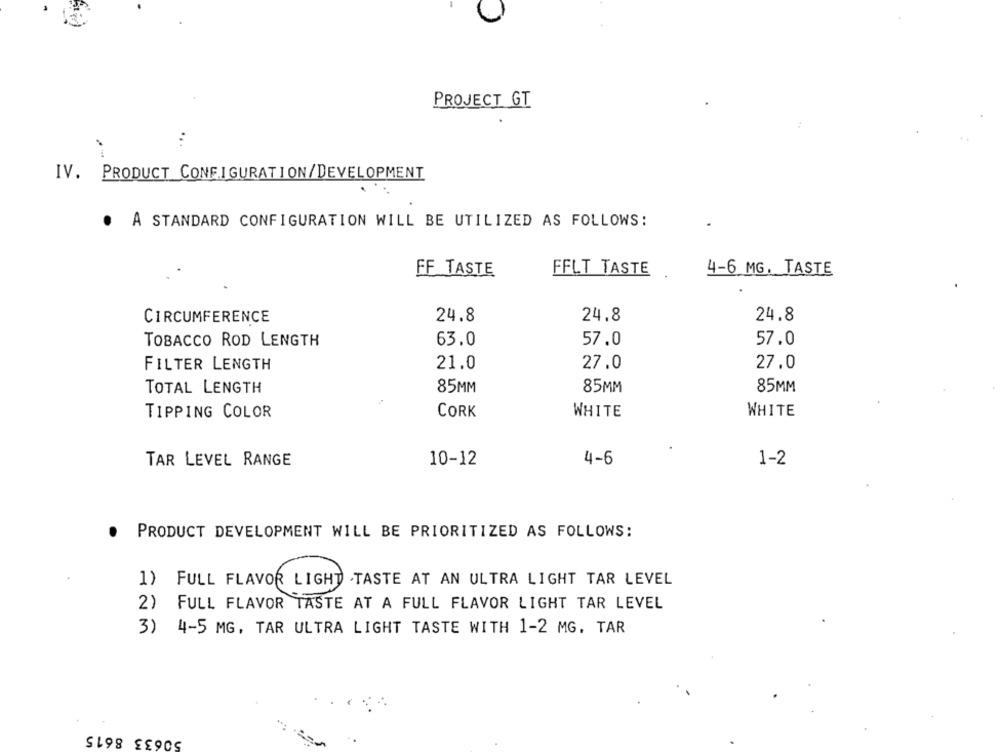
PROJECT GT
...
IV. PRODUCT CONFIGURATION/DEVELOPMENT
. A STANDARD CONFIGURATION WILL BE UTILIZED AS FOLLOWS:
FFLT TASTE
FF TASTE
4-6 MG. TASTE
24.8
24.8
CIRCUMFERENCE
24.8
TOBACCO ROD LENGTH
63.0
57.0
57.0
FILTER LENGTH
21.0
27.0
27.0
TOTAL LENGTH
85MM
85MM
85MM
TIPPING COLOR
CORK
WHITE
WHITE
TAR LEVEL RANGE
10-12
4-6
1-2
PRODUCT DEVELOPMENT WILL BE PRIORITIZED AS FOLLOWS:
1) FULL FLAVOR LIGHT TASTE AT AN ULTRA LIGHT TAR LEVEL
2)
FULL FLAVOR TASTE AT A FULL FLAVOR LIGHT TAR LEVEL
3) 4-5 MG, TAR ULTRA LIGHT TASTE WITH 1-2 MG, TAR
50633 8615